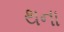
થના